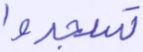
تسجدوا